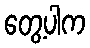
တွေ့ပါက